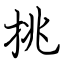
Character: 挑